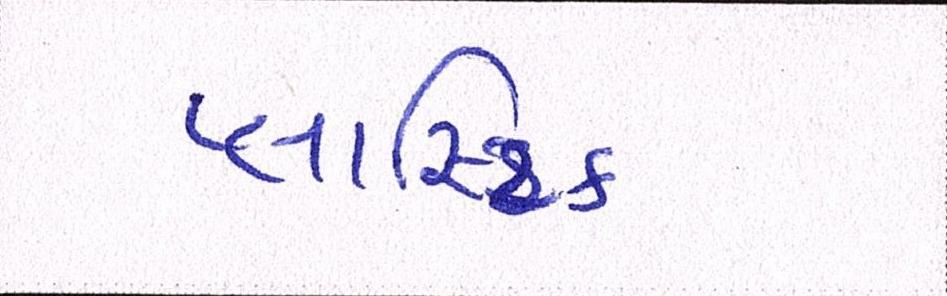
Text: પ્લાસ્ટિક